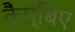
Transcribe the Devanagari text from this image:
कैम्बिए